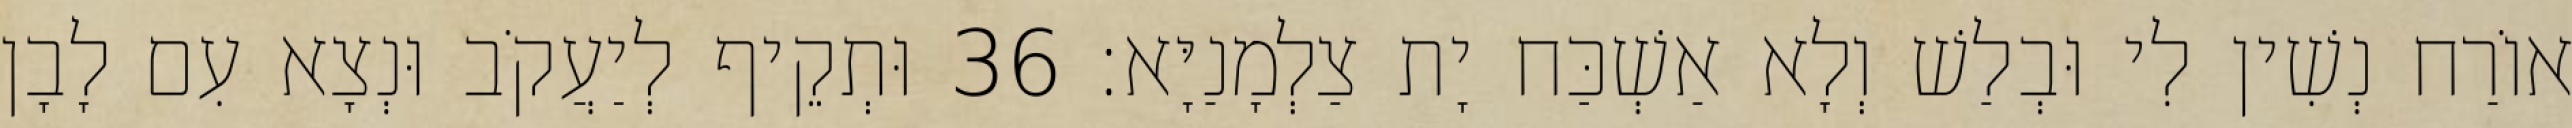
אוֹרַח נְשִׁין לִי וּבְלַשׁ וְלָא אַשְׁכַּח יָת צַלְמָנַיָּא׃ 36 וּתְקֵיף לְיַעֲקֹב וּנְצָא עִם לָבָן